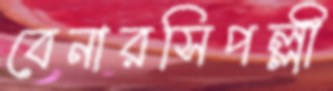
বেনারসিপল্লী